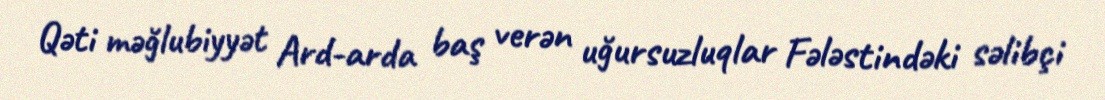
Qəti məğlubiyyət Ard-arda baş verən uğursuzluqlar Fələstindəki səlibçi